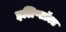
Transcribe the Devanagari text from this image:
इलिप्सॉएड